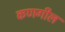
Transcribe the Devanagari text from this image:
कणगील